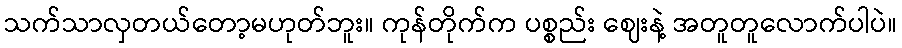
သက်သာလှတယ်တော့မဟုတ်ဘူး။ ကုန်တိုက်က ပစ္စည်း ဈေးနဲ့ အတူတူလောက်ပါပဲ။